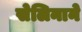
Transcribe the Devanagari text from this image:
सेलिनाने